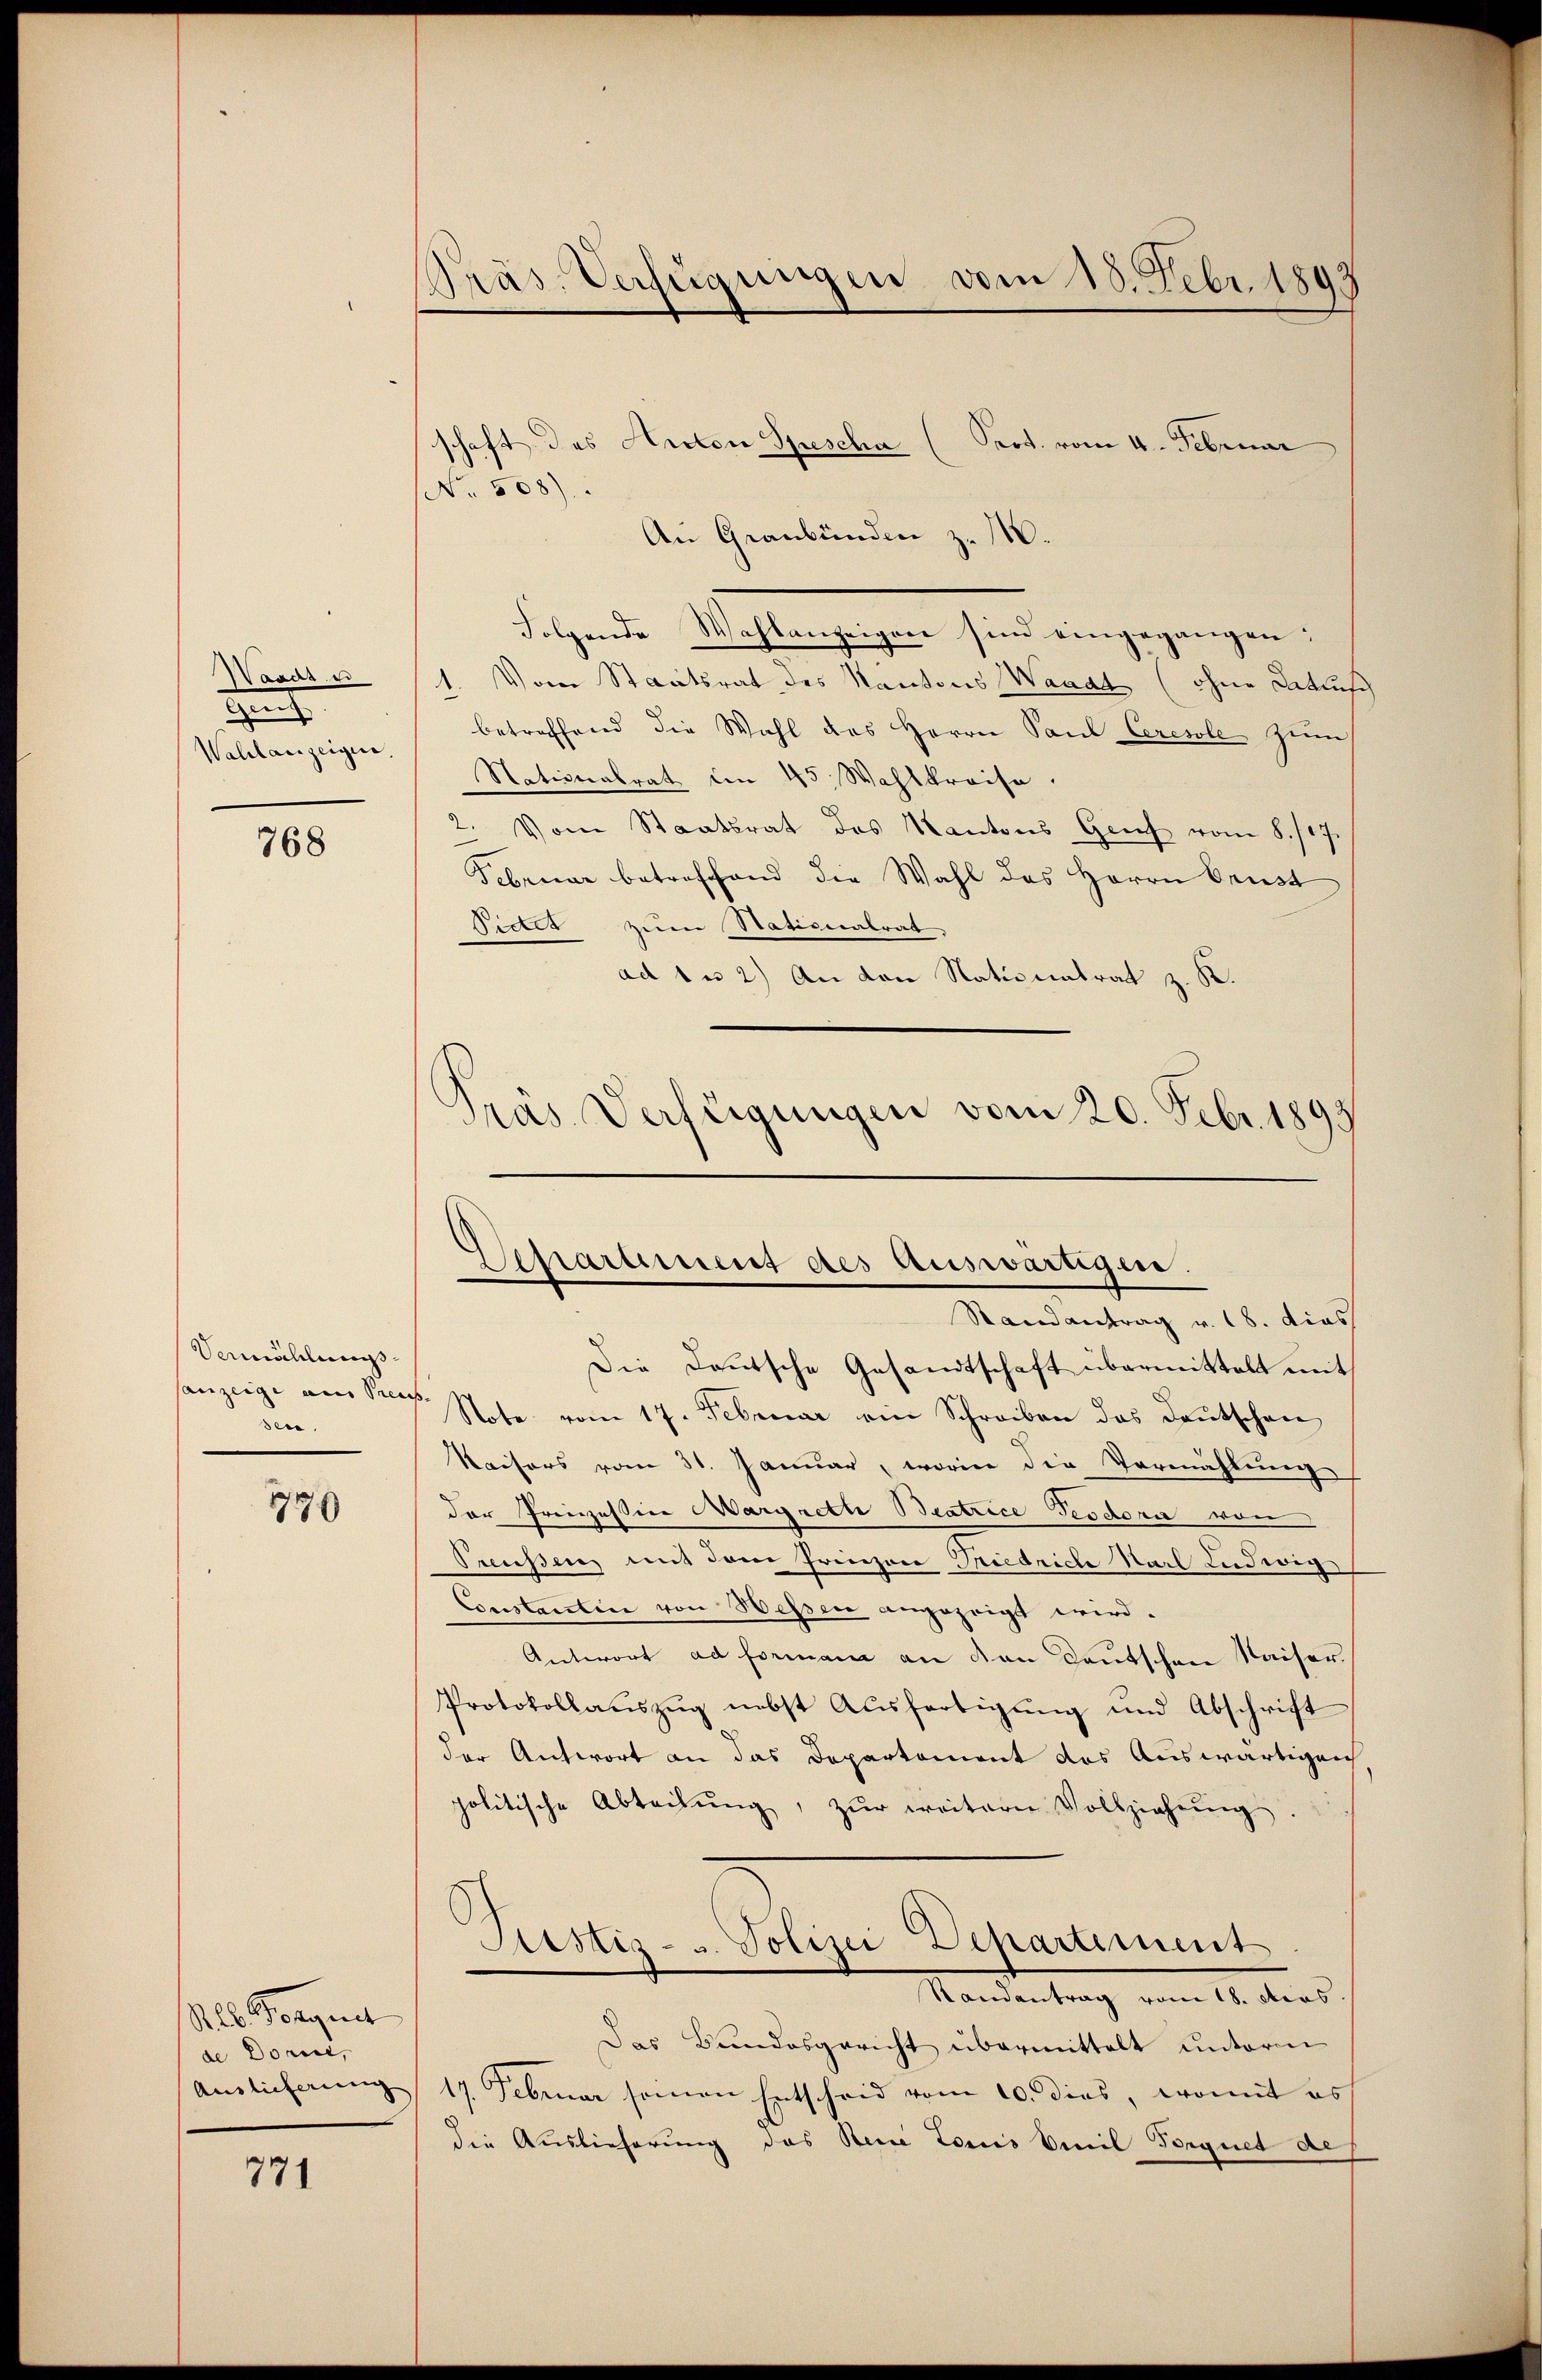
asar u
de
Wahlanzeigen.

768

Vermächliess.
anzeige am Preus
den.

779

S lb. Borgni
de Dorie,

771

Präs. Verfügungen vom 18. Febr. 1893

schaft des Anton Spescha (Prot. vom 4. Februar
NNo. 508)
An Graubünden z. 1
Folgende Wahlanzeigen sind eingegangen:
1. Vom Staatsrat des Kantons Waadt (ohne Anklusch
betreffend die Wahl des Herrn Paul Ceresole zŭm
Nationalrat in 45. Wahlkreise.
2. Vom Staatsrat des Kantons Genf vom 8./17.
Februar betreffend die Wahl des Herrn Brust
Pictes zum Nationalrat
ad 1 u 2) An den Nationatrat z. K.
Prás Verfügungen vom 20. Febr. 1893

Die Deutsche Gesandtschaft übermittelt mit
Note vom 17. Februar ein Schreiben das Deutschen
Kaisers vom 31. Januar, worin die Vermählung
der Preiszessine Margreth Beatrice Teodori von
Preussen mit dem Freizere Friedriche Karl Ludwig
Constantin von Wessen angezeigt wird.
Antwort ad formane an den Deutschen Kaiser.
Protokollaŭszŭg nebst Aŭsfertigŭng und Abschrift
der Antwort an das Departement des Auswärtigen
politische Abteilŭng, zŭr weitern Vollziehŭng.
Sistiz- u. Polizei Departement
Randantrag vom 18. ders.
Das Bundesgericht übermittelt unterm
Anglicherung 17. Februar seinen Entscheid vom 10. dies, womit es
die Auslieferung das Reue Louis Emil Sorgnet au

Deparument des Auswärtigen.
Randantrag v. 18. dies